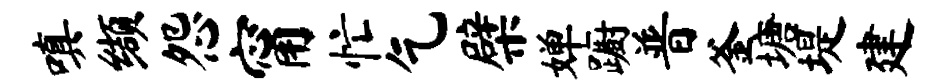
嗔缬怨甯忙乞檗婵蹰普釜塘堤建